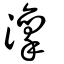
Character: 澟